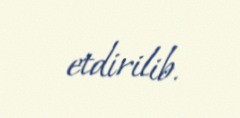
etdirilib.